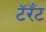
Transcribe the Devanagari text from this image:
टॅरँट